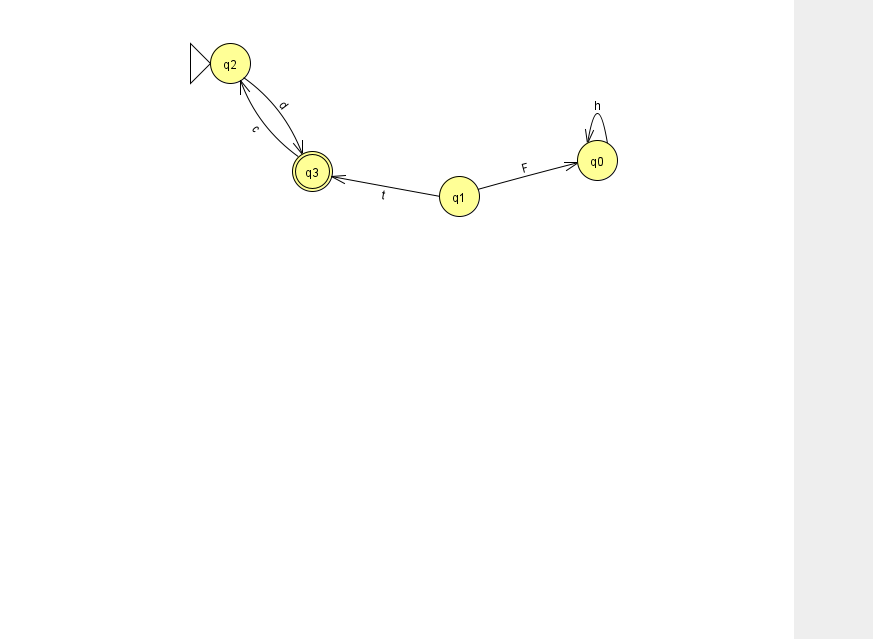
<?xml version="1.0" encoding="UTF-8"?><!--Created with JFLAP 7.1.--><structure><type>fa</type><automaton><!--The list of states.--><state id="0" name="q0"><x>597.0</x><y>147.0</y></state><state id="1" name="q1"><x>459.0</x><y>183.0</y></state><state id="2" name="q2"><x>230.0</x><y>50.0</y><initial/></state><state id="3" name="q3"><x>312.0</x><y>158.0</y><final/></state><!--The list of transitions.--><transition><from>3</from><to>2</to><read>c</read></transition><transition><from>2</from><to>3</to><read>d</read></transition><transition><from>0</from><to>0</to><read>h</read></transition><transition><from>1</from><to>0</to><read>F</read></transition><transition><from>1</from><to>3</to><read>t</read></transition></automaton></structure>